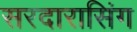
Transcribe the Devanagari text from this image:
सरदारासिंग